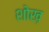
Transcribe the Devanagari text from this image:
शोख़